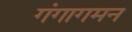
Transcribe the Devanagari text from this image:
गंगागमन